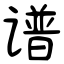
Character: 谱